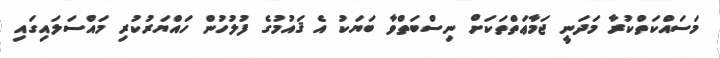
މަސައްކަތްކުރާ މަދަނީ ޖަމާޢަތްތަކަށް ނިސްބަތްވާ ބަޔަކު އެ ޤައުމުގެ ފުލުހުން ހައްޔަރުކުރި މައްސަލައިގައި